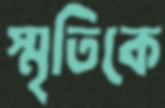
স্মৃতিকে